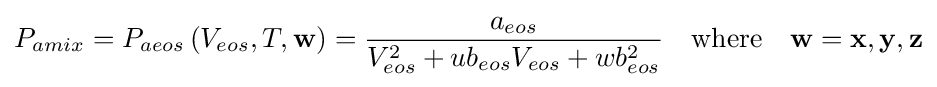
P_{amix}=P_{aeos}\left(V_{eos},T,\mathbf {w} \right)={\frac {a_{eos}}{V_{eos}^{2}+ub_{eos}V_{eos}+wb_{eos}^{2}}}\quad {\text{where}}\quad \mathbf {w} =\mathbf {x} ,\mathbf {y} ,\mathbf {z}